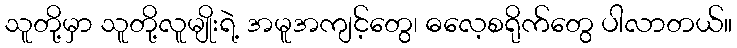
သူတို့မှာ သူတို့လူမျိုးရဲ့ အမူအကျင့်တွေ၊ ဓလေ့စရိုက်တွေ ပါလာတယ်။